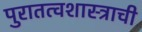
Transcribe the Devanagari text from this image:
पुरातत्वशास्त्राची